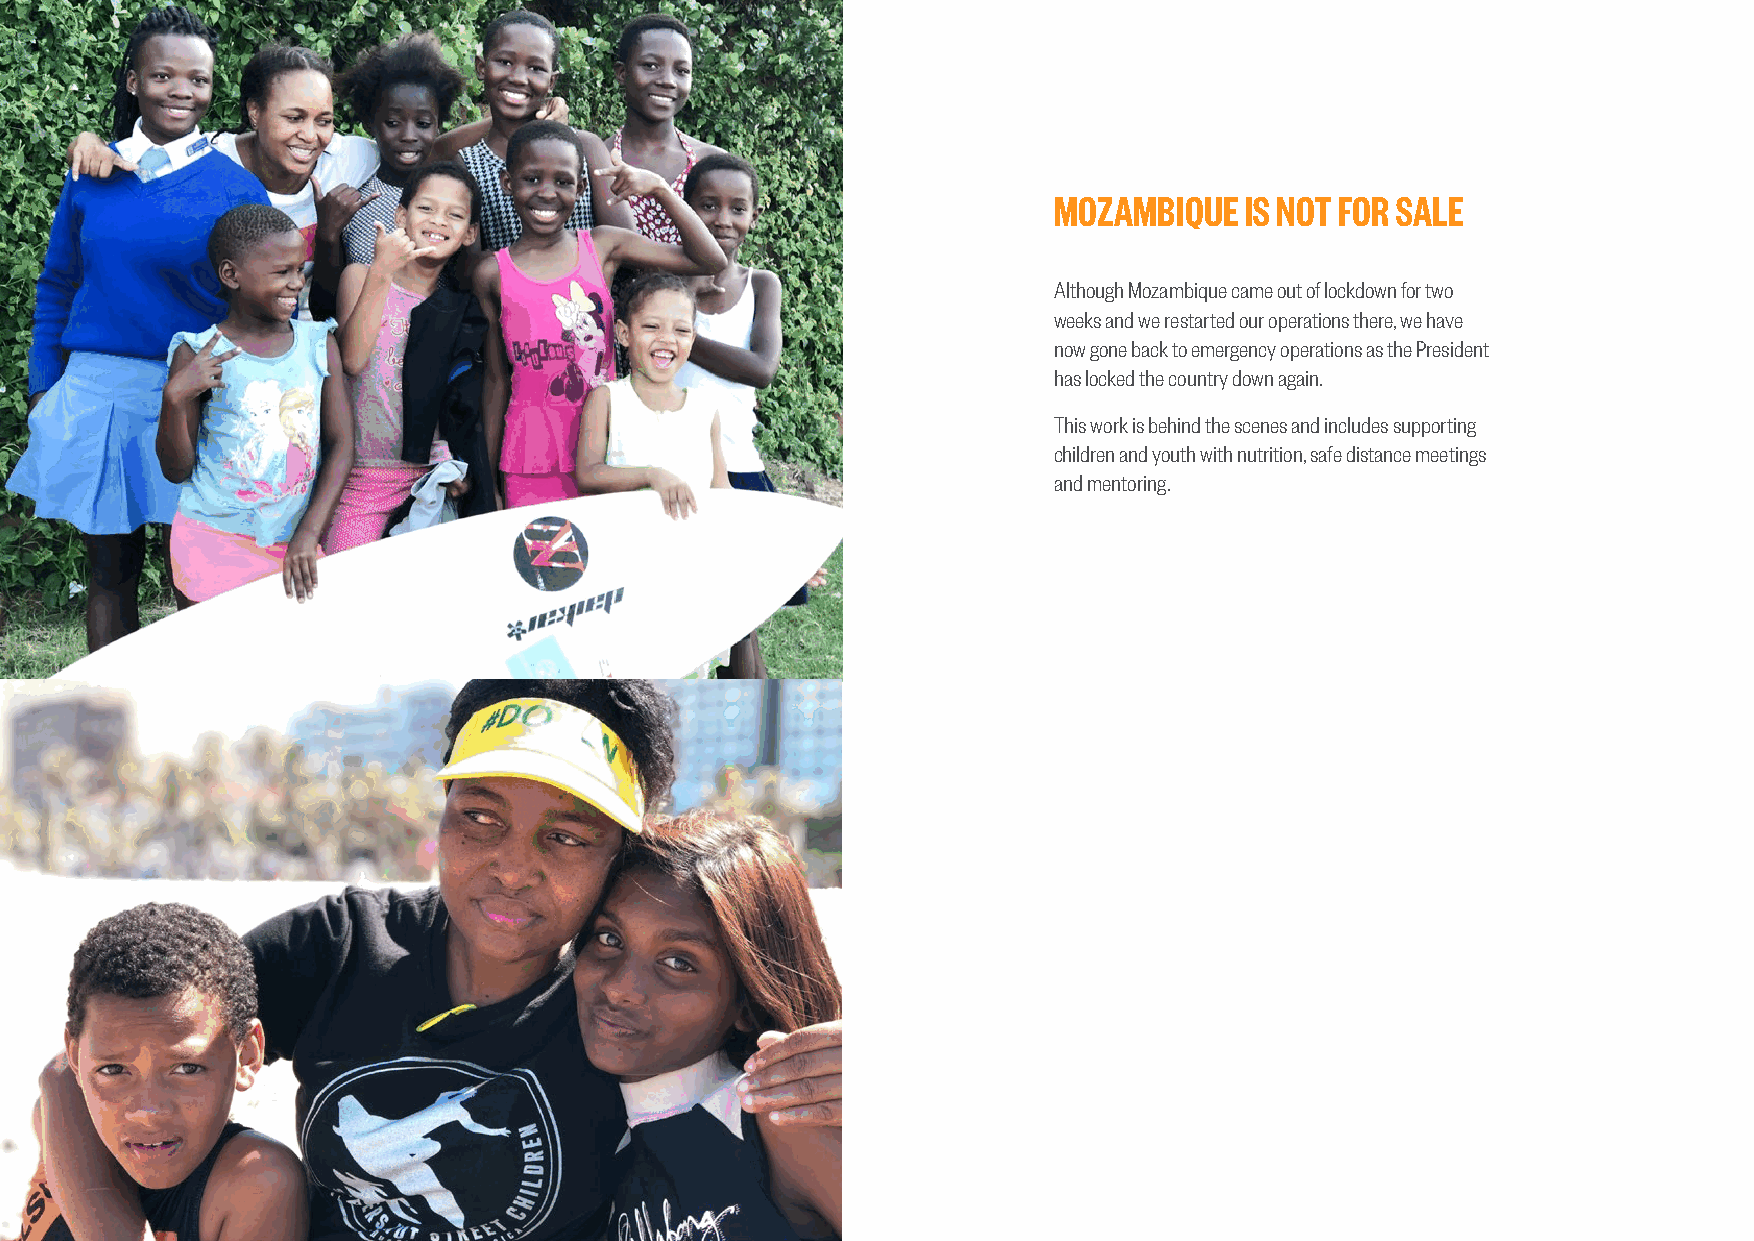
MOZAMBIQUE  IS NOT FOR SALE
 Although Mozambique came out of lockdown for two
 weeks and we restarted our operations there, we have
 now gone back to emergency operations as the President
 has locked the country down again.
 This work is behind the scenes and includes supporting
 children and youth with nutrition, safe distance meetings
 and mentoring.